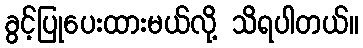
ခွင့်ပြုပေးထားမယ်လို့ သိရပါတယ်။